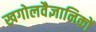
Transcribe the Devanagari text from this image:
खगोलवैज्ञानिकों